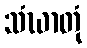
သံဃာတုံ